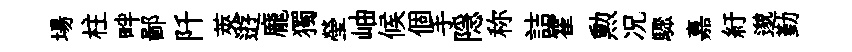
場柱畔鄙阡莢逰龐獨瑩岫候個手隠称詰霍勲况驟嘉紆邈勤